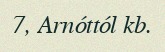
7, Arnóttól kb.